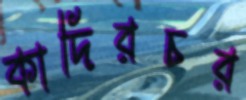
কাদিরচর